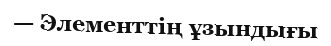
— Элементтің ұзындығы